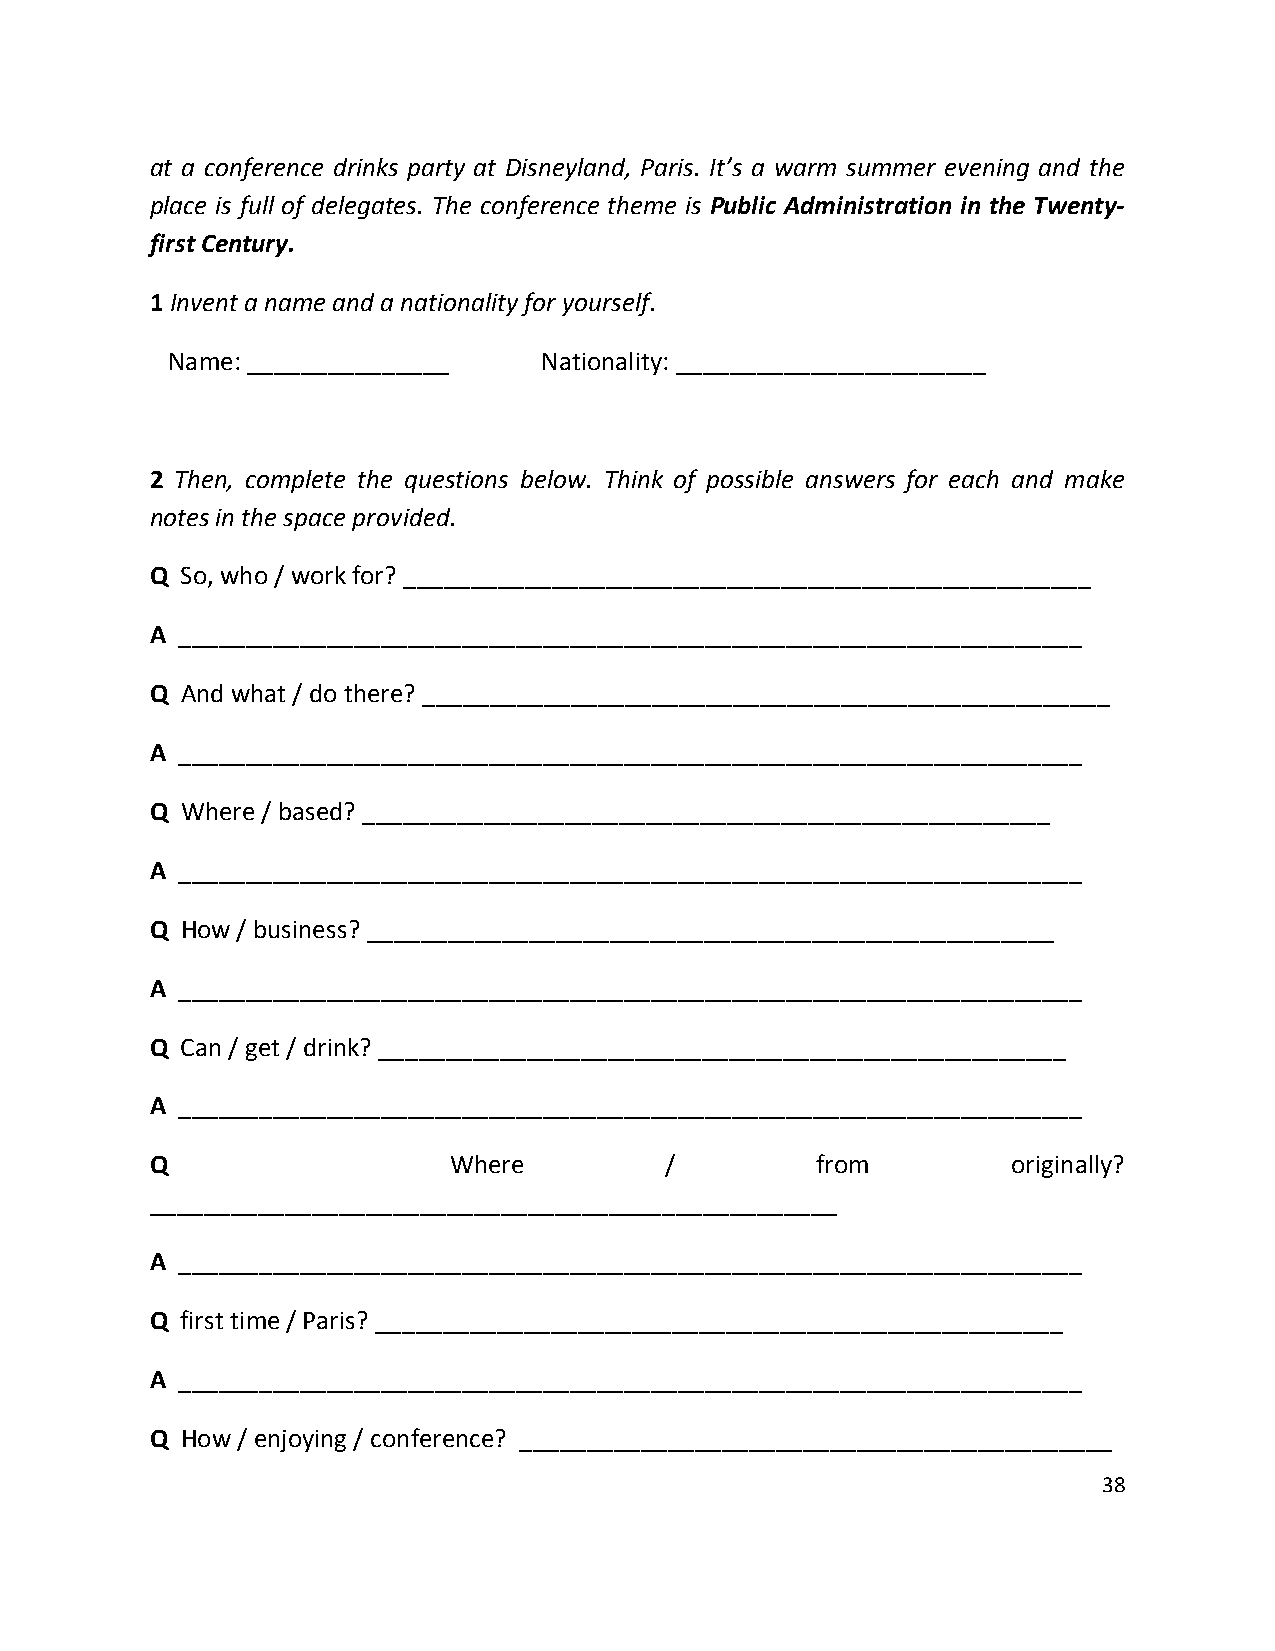
at a conference drinks party at Disneyland, Paris. It’s a warm summer evening and the
 place is full of delegates. The conference theme is Public Administration in the Twenty-
 first Century.
 1 Invent a name and a nationality for yourself.
 Name: _______________    Nationality: _______________________
 2 Then, complete the questions below. Think of possible answers for each and make
 notes in the space provided.
 Q So, who / work for? ___________________________________________________
 A ___________________________________________________________________
 Q And what / do there? ___________________________________________________
 A ___________________________________________________________________
 Q Where / based? ___________________________________________________
 A ___________________________________________________________________
 Q How / business? ___________________________________________________
 A ___________________________________________________________________
 Q Can / get / drink? ___________________________________________________
 A ___________________________________________________________________
 Q                   Where         /         from         originally?
 ___________________________________________________
 A ___________________________________________________________________
 Q first time / Paris? ___________________________________________________
 A ___________________________________________________________________
 Q How / enjoying / conference? ____________________________________________
 38